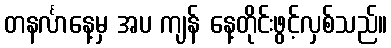
တနင်္လာနေ့မှ အပ ကျန် နေ့တိုင်းဖွင့်လှစ်သည်။